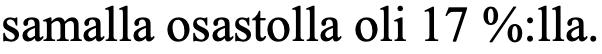
samalla osastolla oli 17 %:lla.